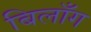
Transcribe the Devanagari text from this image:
बिलाँग